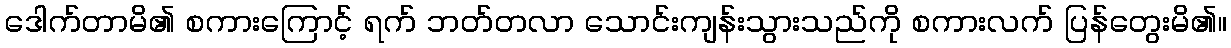
ဒေါက်တာမိ၏ စကားကြောင့် ရက် ဘတ်တလာ သောင်းကျန်းသွားသည်ကို စကားလက် ပြန်တွေးမိ၏။